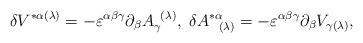
LaTeX: \begin{align*}\delta V^{*\alpha (\lambda )}=-\varepsilon ^{\alpha \beta \gamma }\partial_{\beta }A_{\gamma }^{\;\;(\lambda )},\;\delta A_{\;\;\;(\lambda )}^{*\alpha}=-\varepsilon ^{\alpha \beta \gamma }\partial _{\beta }V_{\gamma (\lambda)}, \end{align*}